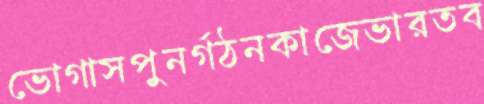
ভোগাসপুনর্গঠনকাজেভারতব